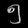
Digit: ၅